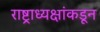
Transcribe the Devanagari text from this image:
राष्ट्राध्यक्षांकडून